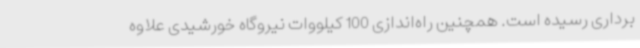
برداری رسیده است. همچنین راه‌اندازی 100 کیلووات نیروگاه خورشیدی علاوه